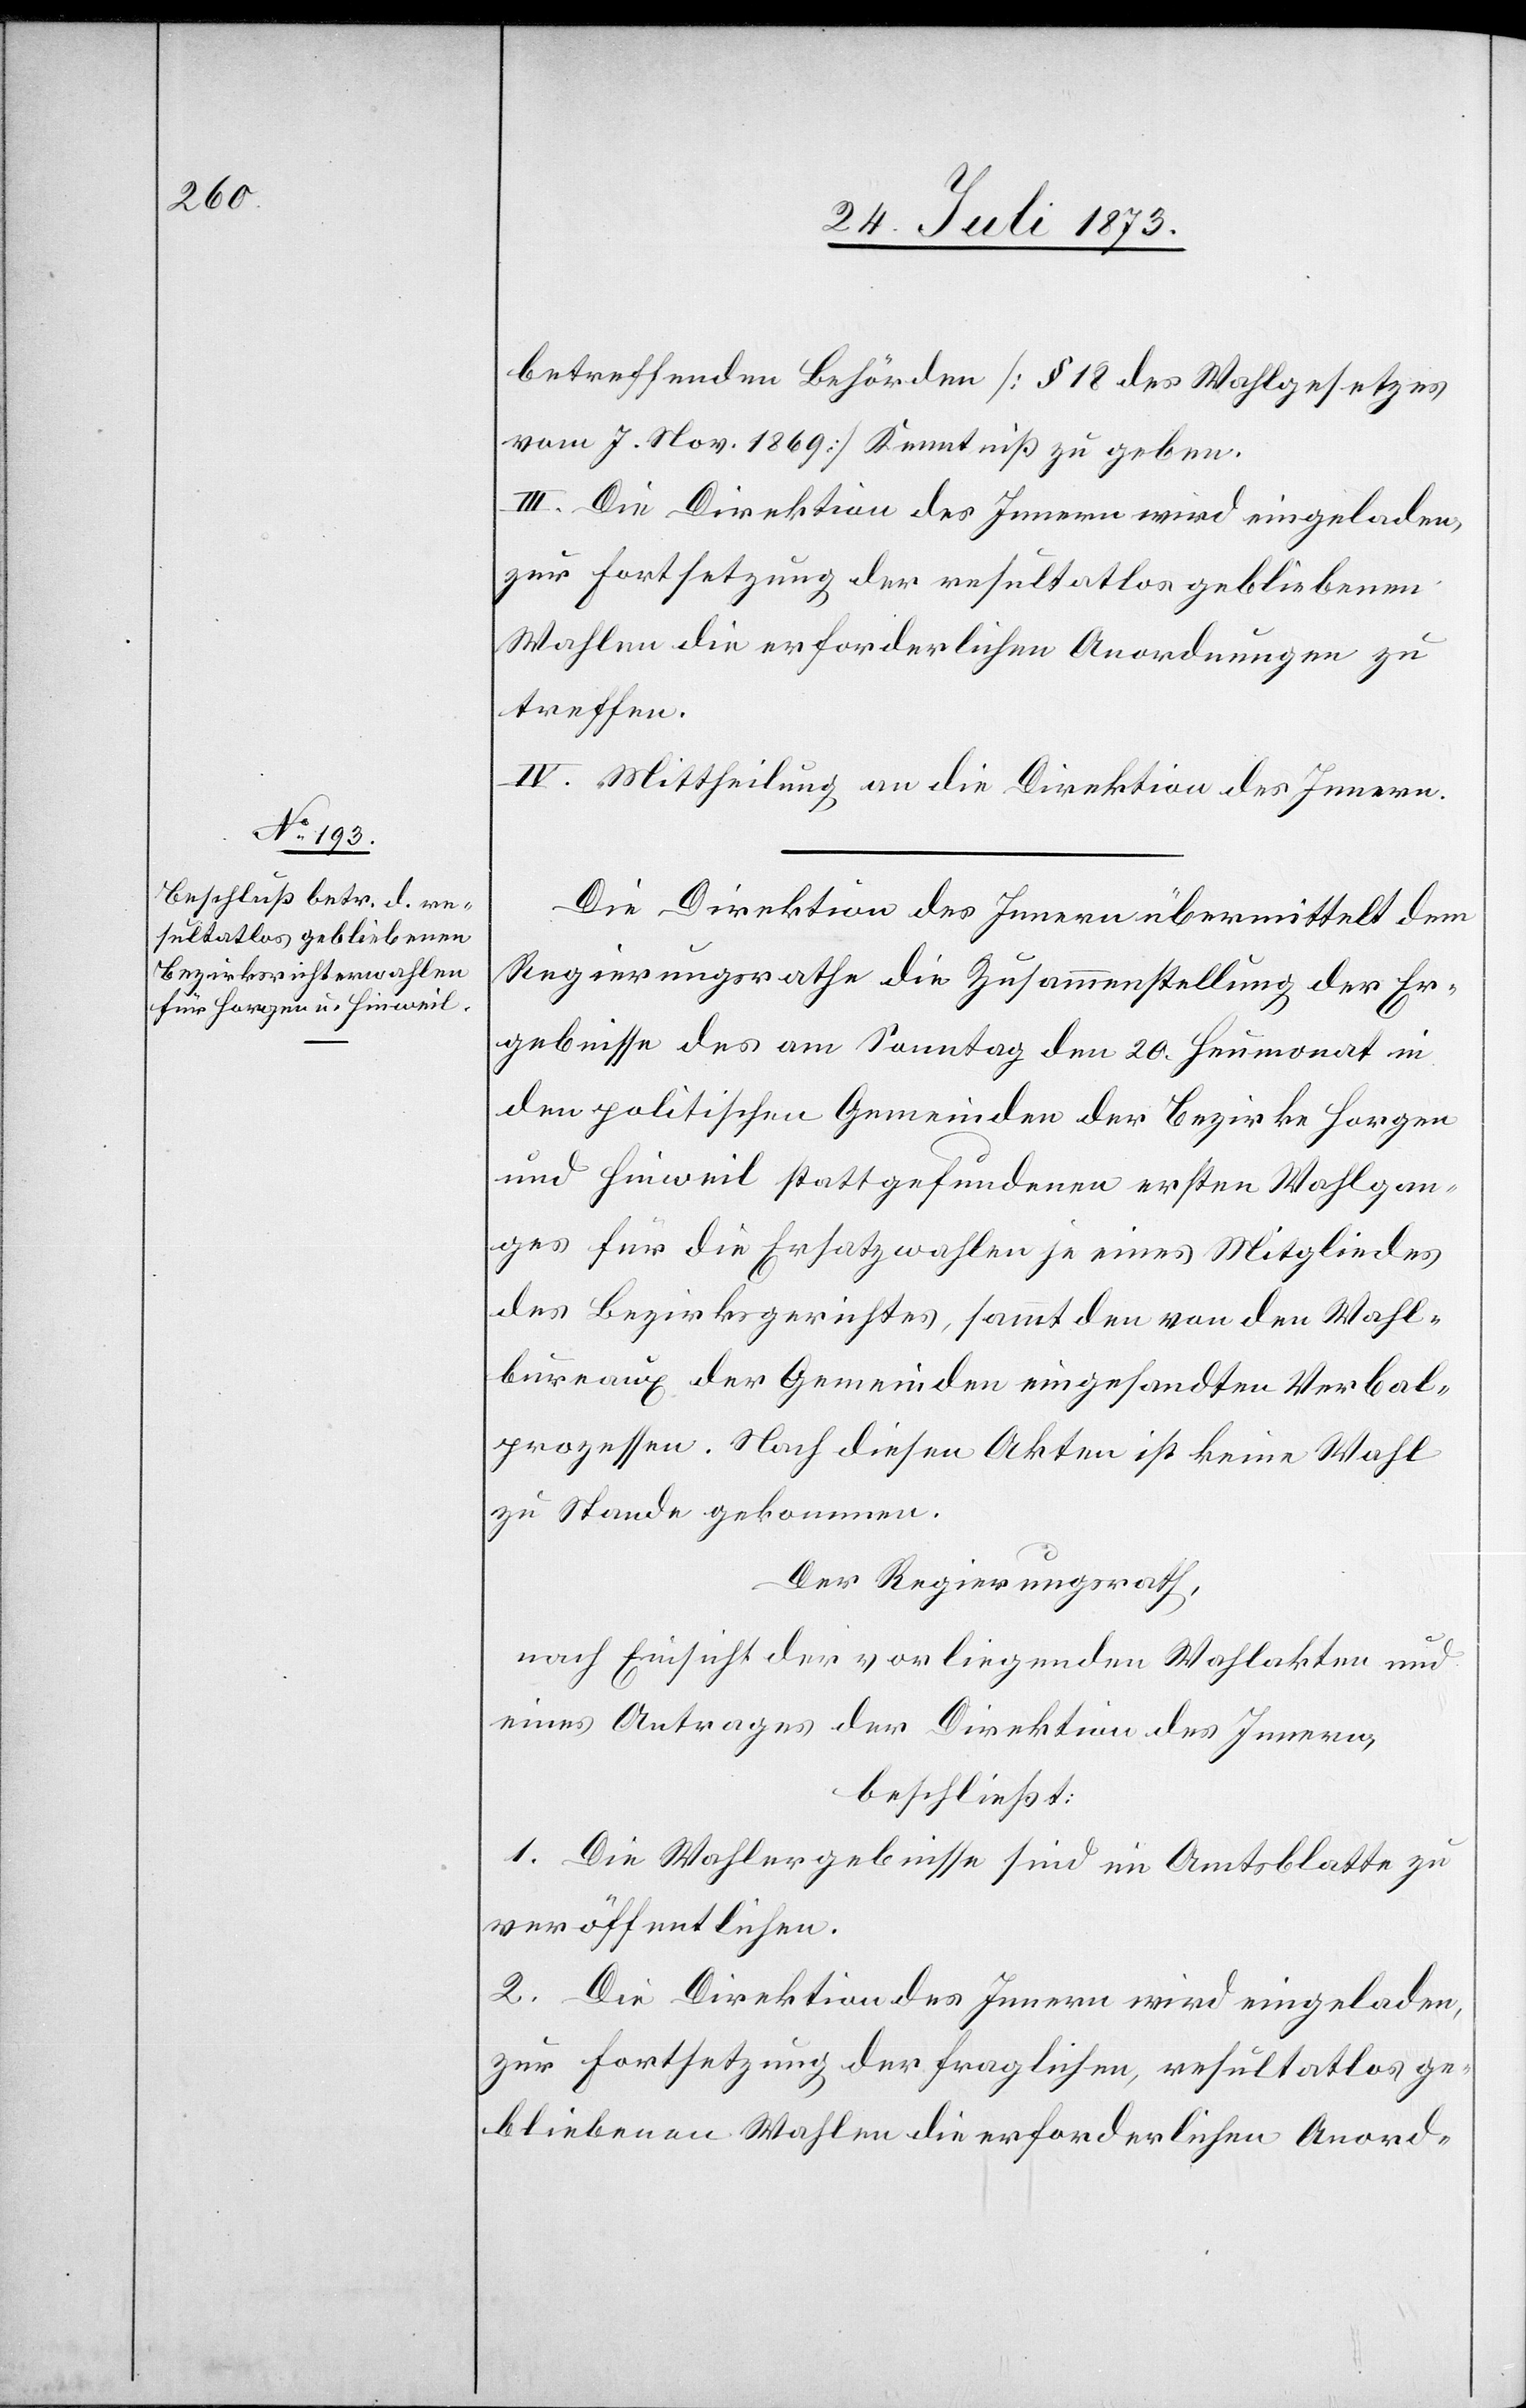
25. Juli 1873.]
betreffenden Behörden [§ 18 des Wahlgesetzes
vom 7. Nov. 1869] Kenntniß zu geben.
III. Die Direktion des Innern wird eingeladen,
zur Fortsetzung der resultatlos gebliebenen
Wahlen die erforderlichen Anordnungen zu
treffen.
IV. Mittheilung an die Direktion des Innern.
Die Direktion des Innern übermittelt dem
Regierungsrathe die Zusammenstellung der Er¬
gebnisse des am Sonntag den 20. Heumonat in
den politischen Gemeinden der Bezirke Horgen
und Hinweil stattgefundenen ersten Wahlgan¬
ges für die Ersatzwahlen je eines Mitgliedes
des Bezirksgerichtes, sammt den von den Wahl¬
bureaux der Gemeinden eingesandten Verbal¬
prozessen. Nach diesen Akten ist keine Wahl
zu Stande gekommen.
Der Regierungsrath,
nach Einsicht der vorliegenden Wahlakten und
eines Antrages der Direktion des Innern,
beschließt:
1. Die Wahlergebnisse sind im Amtsblatte zu
veröffentlichen.
2. Die Direktion des Innern wird eingeladen,
zur Fortsetzung der fraglichen, resultatlos ge¬
bliebenen Wahlen die erforderlichen Anord-